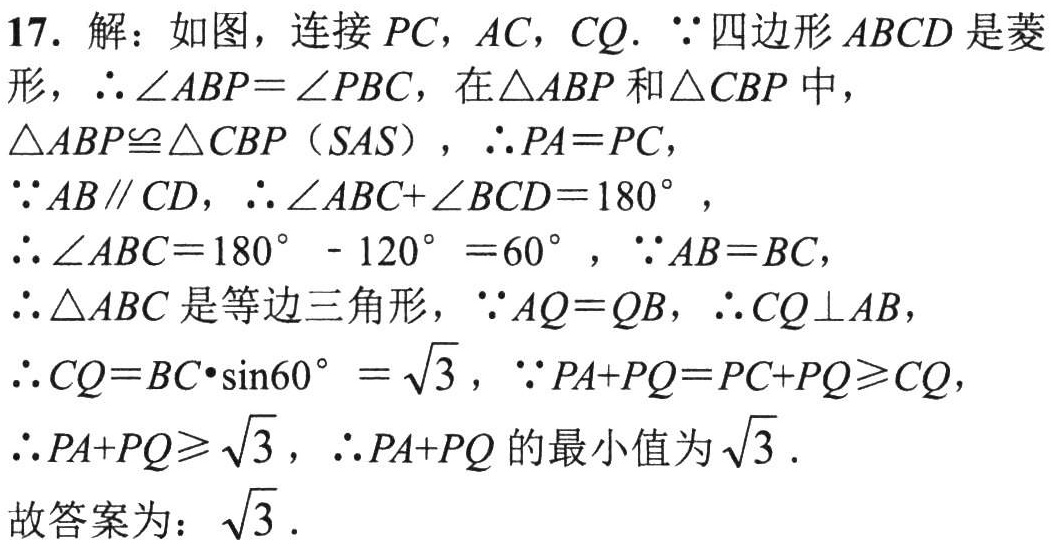
17. 解：如图，连接 \(PC\)，\(AC\)，\(CQ\). \(\because\) 四边形 \(ABCD\) 是菱形，\(\therefore \angle ABP=\angle PBC\)，在 \(\triangle ABP\) 和 \(\triangle CBP\) 中，
\(\triangle ABP\cong\triangle CBP\)（\(SAS\)），\(\therefore PA = PC\)，
\(\because AB\parallel CD\)，\(\therefore \angle ABC+\angle BCD = 180^{\circ}\)，
\(\therefore \angle ABC = 180^{\circ}-120^{\circ}=60^{\circ}\)，\(\because AB = BC\)，
\(\therefore \triangle ABC\) 是等边三角形，\(\because AQ = QB\)，\(\therefore CQ\perp AB\)，
\(\therefore CQ = BC\cdot\sin60^{\circ}=\sqrt{3}\)，\(\because PA + PQ = PC + PQ\geq CQ\)，
\(\therefore PA + PQ\geq\sqrt{3}\)，\(\therefore PA + PQ\) 的最小值为 \(\sqrt{3}\).
故答案为：\(\sqrt{3}\).